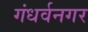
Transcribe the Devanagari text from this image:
गंधर्वनगर